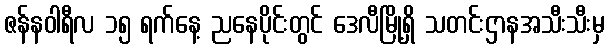
ဇန်နဝါရီလ ၁၅ ရက်နေ့ ညနေပိုင်းတွင် ဒေလီမြို့ရှိ သတင်းဌာနအသီးသီးမှ